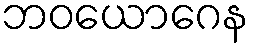
ဘဝယောဂေန